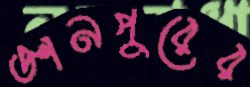
জ্ঞানপুরের